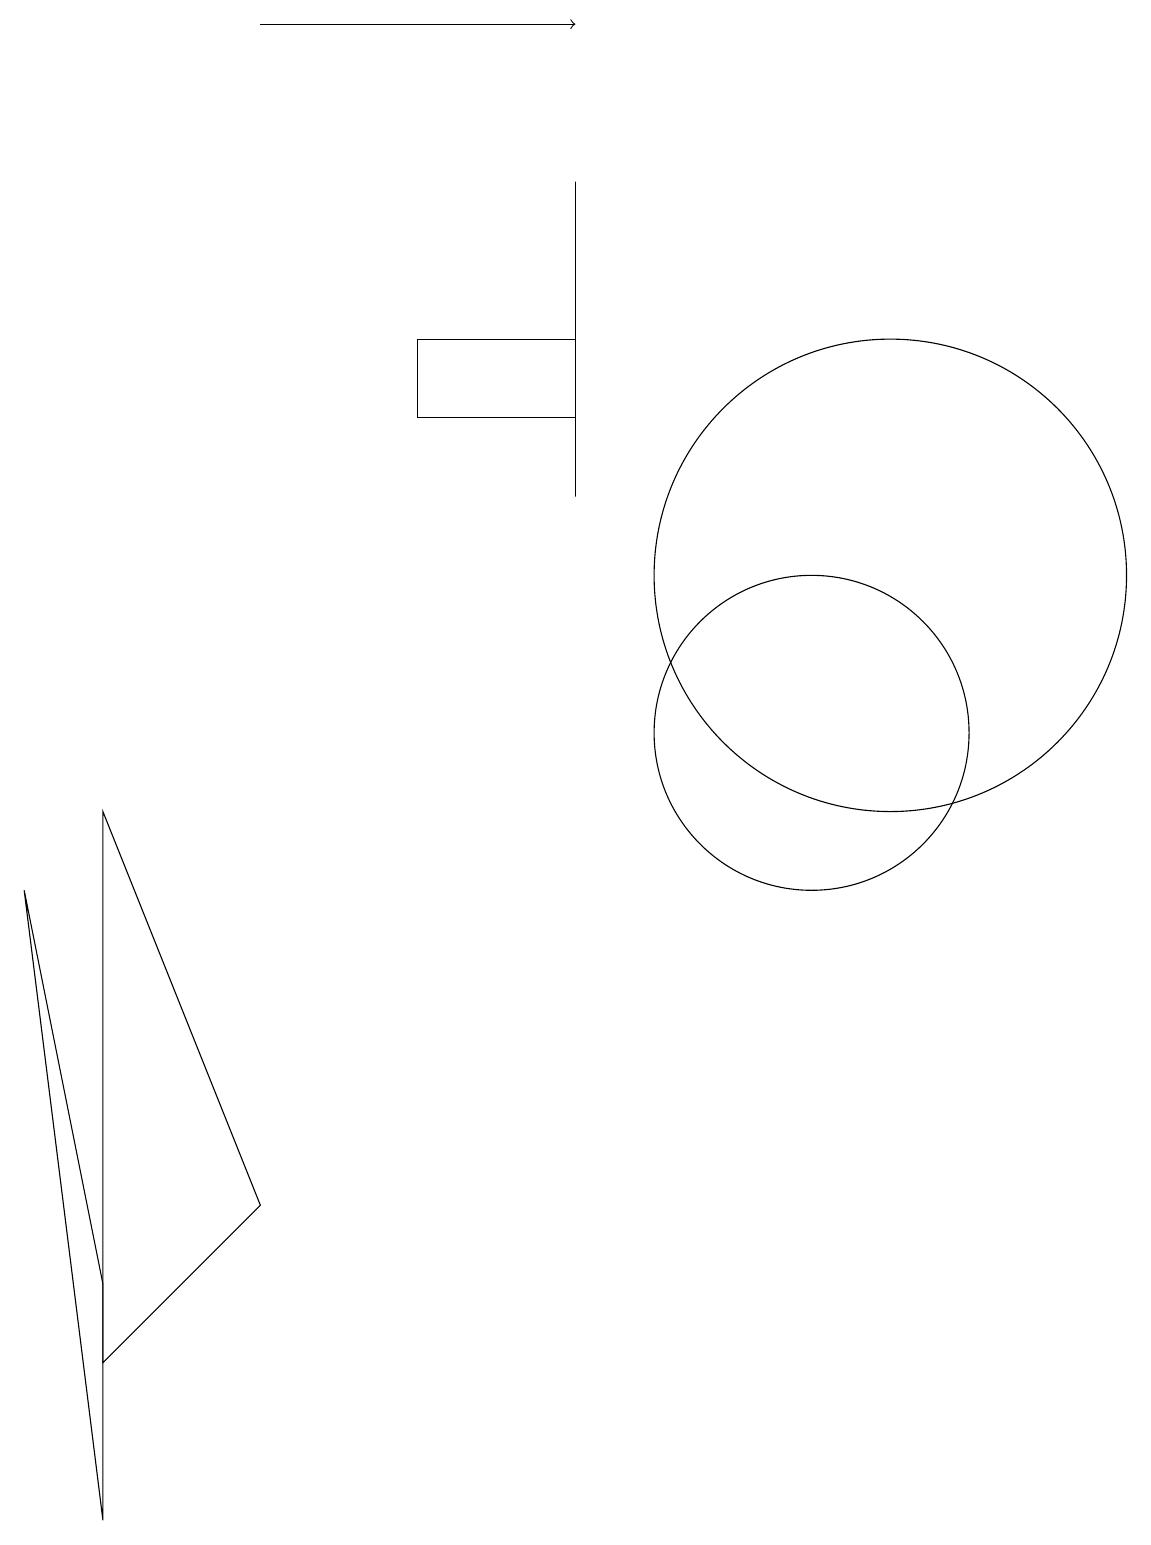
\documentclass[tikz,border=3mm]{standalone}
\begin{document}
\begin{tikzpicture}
\draw (2,3) -- (1,8) -- (2,0) -- cycle;
\draw (8,13) rectangle (8,17);
\draw (2,9) -- (2,2) -- (4,4) -- cycle;
\draw (6,14) rectangle (8,15);
\draw (11,10) circle (2);
\draw (12,12) circle (3);
\draw[->] (4,19) -- (8,19);
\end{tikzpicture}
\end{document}